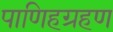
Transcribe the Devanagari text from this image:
पाणिहग्रहण